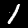
Label: 1